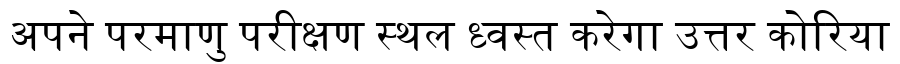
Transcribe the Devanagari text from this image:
अपने परमाणु परीक्षण स्थल ध्वस्त करेगा उत्तर कोरिया